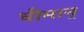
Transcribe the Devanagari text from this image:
धीमान्‌